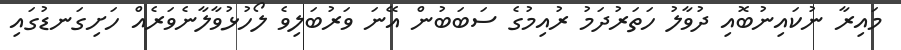
މައިރާ ނުކައިނުބޮއި ދުވާލު ހަތަރުދަމު ރުއިމުގެ ސަބަބުން އޭނަ ވަރުބަލިވެ ލޯހުޅުވާލާނެވަރެއް ހަށިގަނޑުގައި